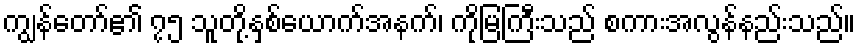
ကျွန်တော်၏ ၇၅ သူတို့နှစ်ယောက်အနက်၊ ကိုမြကြီးသည် စကားအလွန်နည်းသည်။